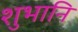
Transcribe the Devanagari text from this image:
शुभानि